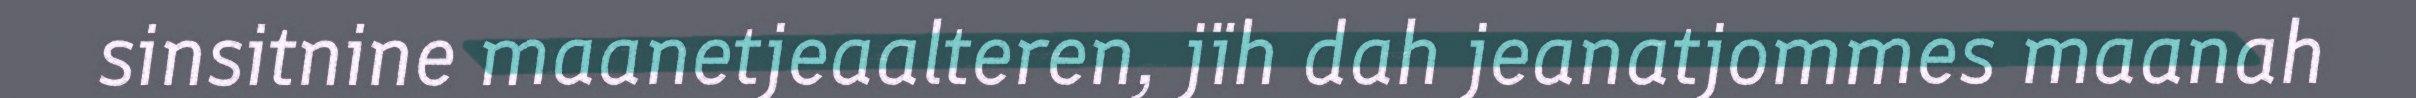
sinsitnine maanetjeaalteren, jïh dah jeanatjommes maanah